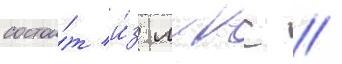
состои́т и́з лккс //